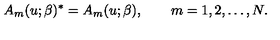
A _ { m } ( u ; \beta ) ^ { * } = A _ { m } ( u ; \beta ) , \qquad m = 1 , 2 , \dots , N .